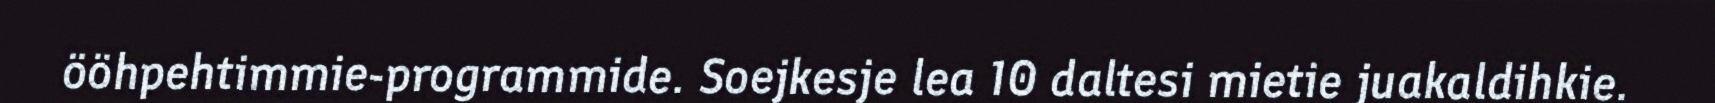
ööhpehtimmie-programmide. Soejkesje lea 10 daltesi mietie juakaldihkie.